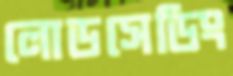
লোডসেডিং